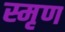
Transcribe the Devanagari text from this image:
स्मृण